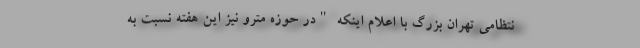
نتظامی تهران بزرگ با اعلام اینکه "در حوزه مترو نیز این هفته نسبت به